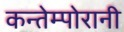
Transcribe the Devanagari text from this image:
कन्तेम्पोरानी